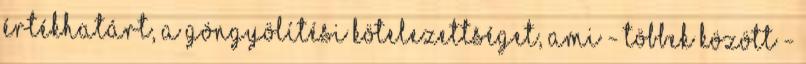
értékhatárt, a göngyölítési kötelezettséget, ami - többek között -